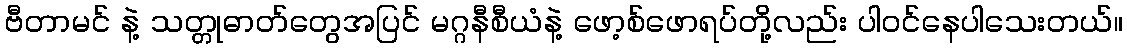
ဗီတာမင် နဲ့ သတ္တုဓာတ်တွေအပြင် မဂ္ဂနီစီယံနဲ့ ဖော့စ်ဖောရပ်တို့လည်း ပါဝင်နေပါသေးတယ်။